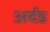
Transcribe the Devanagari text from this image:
अर्दड